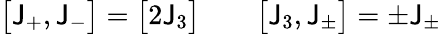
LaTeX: \bigl[\mathsf{J}_{+},\mathsf{J}_{-}\bigr]=\bigl[2\mathsf{J}_{3}\bigr]\qquad\bigl[\mathsf{J}_{3},\mathsf{J}_{\pm}\bigr]=\pm\mathsf{J}_{\pm}